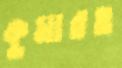
কুমারও